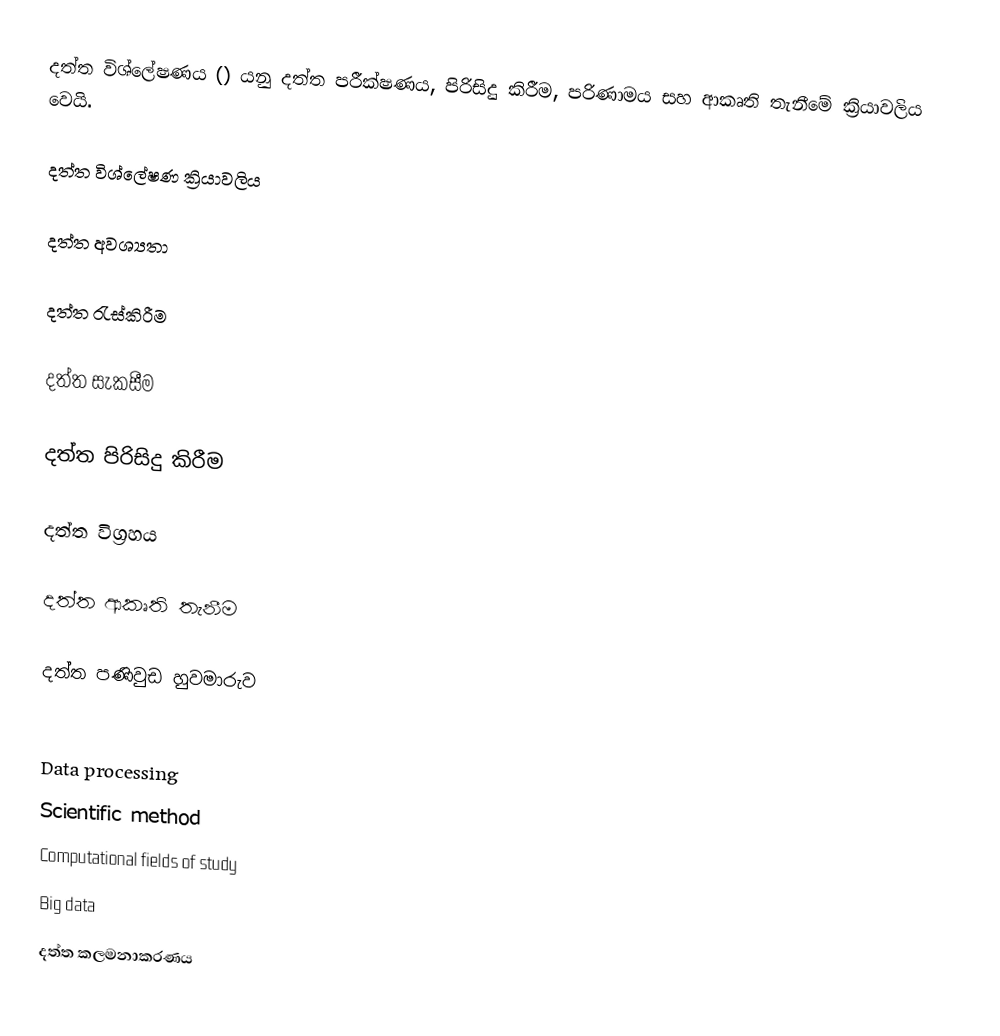
දත්ත විශ්ලේෂණය () යනු දත්ත පරීක්ෂණය, පිරිසිදු කිරීම, පරිණාමය සහ ආකෘති තැනීමේ ක්‍රියාවලිය වෙයි.

දත්ත විශ්ලේෂණ ක්‍රියාවලිය

දත්ත අවශ්‍යතා

දත්ත රැස්කිරීම

දත්ත සැකසීම

දත්ත පිරිසිදු කිරීම

දත්ත විග්‍රහය

දත්ත ආකෘති තැනීම

දත්ත පණිවුඩ හුවමාරුව

Data processing
Scientific method
Computational fields of study
Big data
දත්ත කලමනාකරණය